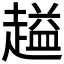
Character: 𬦜